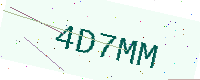
Text: 4D7MM